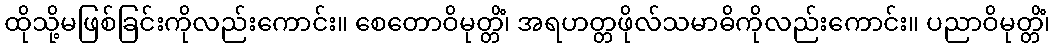
ထိုသို့မဖြစ်ခြင်းကိုလည်းကောင်း။ စေတောဝိမုတ္တိံ၊ အရဟတ္တဖိုလ်သမာဓိကိုလည်းကောင်း။ ပညာဝိမုတ္တိံ၊